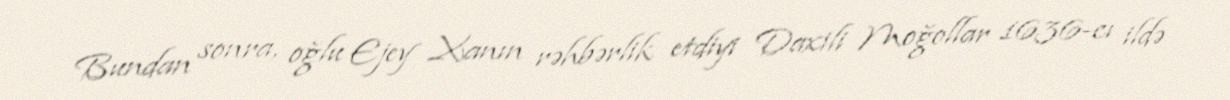
Bundan sonra, oğlu Ejey Xanın rəhbərlik etdiyi Daxili Moğollar 1636-cı ildə